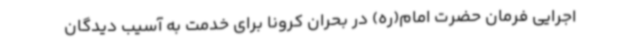
اجرایی فرمان حضرت امام(ره) در بحران کرونا برای خدمت به آسیب دیدگان